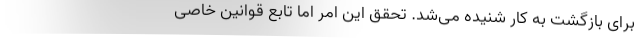
برای بازگشت به کار شنیده می‌شد. تحقق این امر اما تابع قوانین خاصی